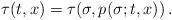
LaTeX: \begin{align*} \tau(t,x) = \tau(\sigma,p(\sigma;t,x)) \,. \end{align*}